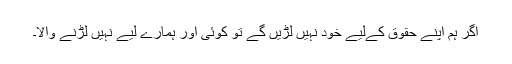
اگر ہم اپنے حقوق کےلیے خود نہیں لڑیں گے تو کوئی اور ہمارے لیے نہیں لڑنے والا۔